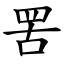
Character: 罟